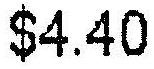
$4.40